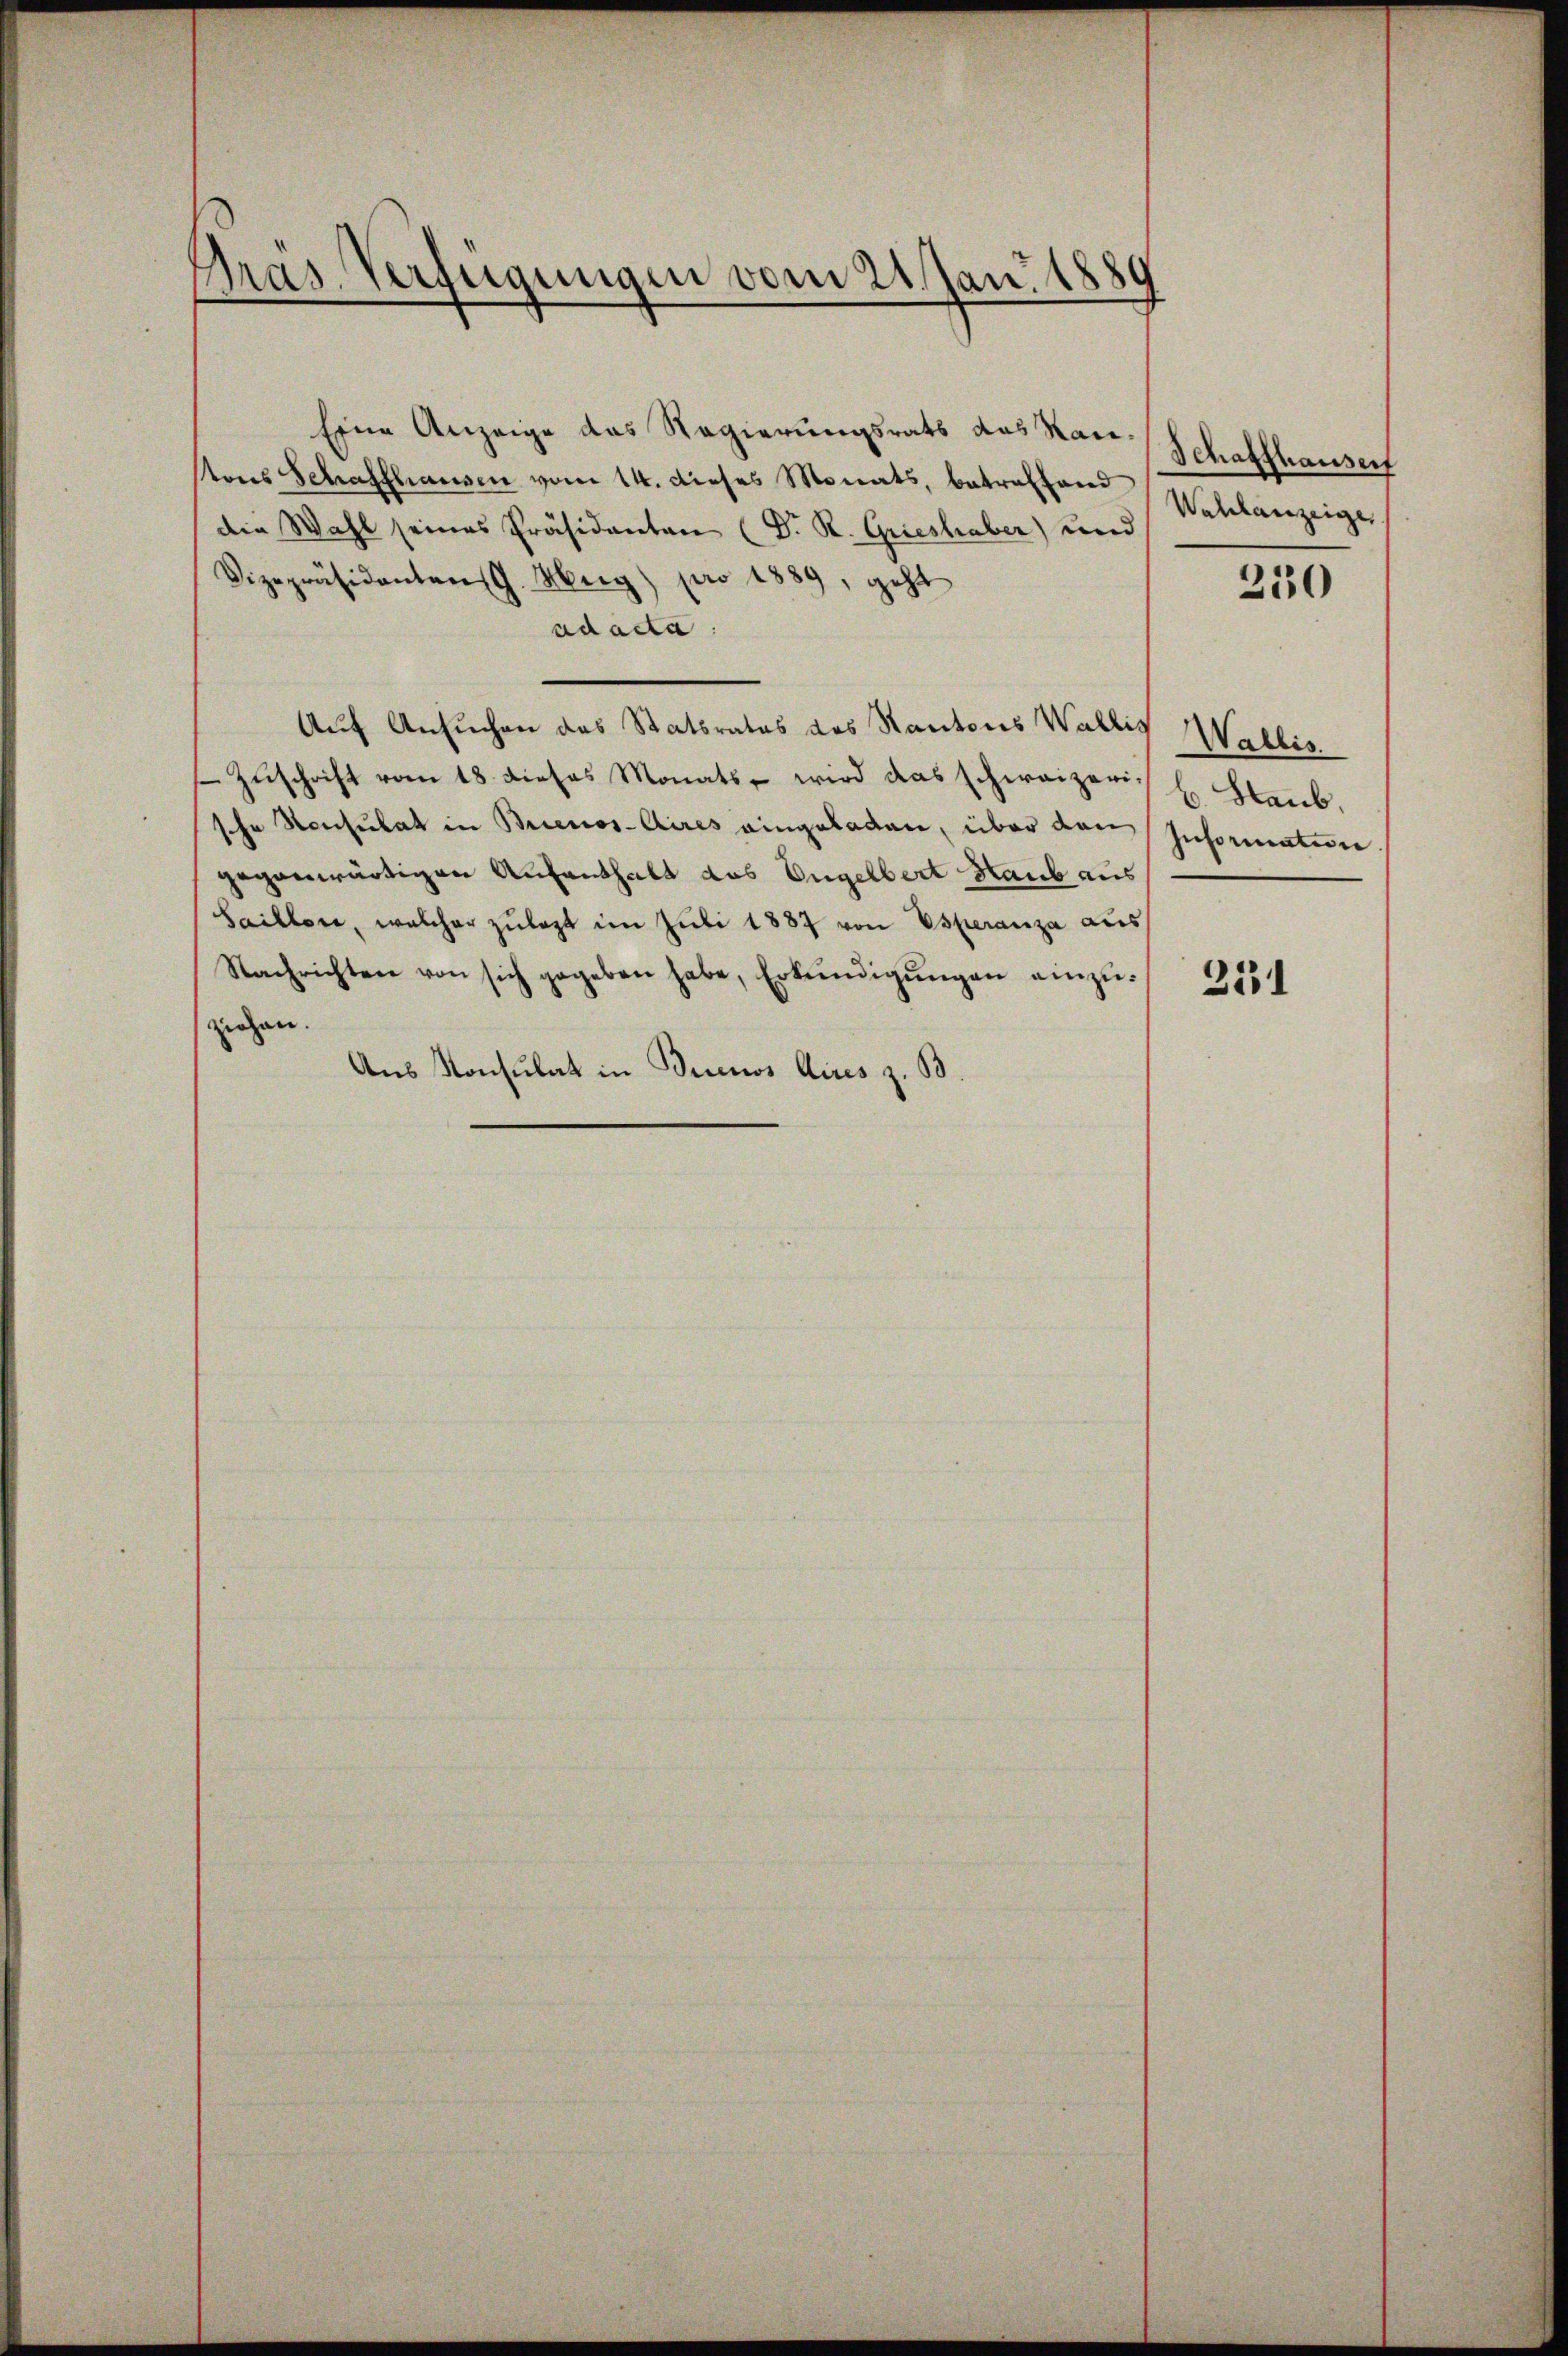
Gras Verfügungen vom 21. Jan. 1889

Eine Anzeige das Regierungsrats das Rau¬
Nons Schaffhausen vom 14. dieses Monats, betreffend
die Wahl seines Präsidenten (Dr. R. Grieshaber) und
Vizepräsidenten. Merg) pro 1889, geht
ad acta.
Auf Ansuchen das Statsrates des Kantons Wallis
Zŭschrift vom 18. dieses Monats wird das schweizeris H. Glaub.
sche Konsulat in Brienos-Aires eingeladen, über den
gegenwärtigen Aufenthalt das Engelbert Staub aus
Saillon, welcher zŭlast im Juli 1887 von Esperanza aus
Nachrichten von sich gegeben habe, Erkundigŭngen einzŭ-
ziehen.
Aus Konsulat in Tunnos Aires z. B.

Schaffhausen
Wahlanzeige

230

Wallis.
jusorisation

231